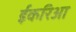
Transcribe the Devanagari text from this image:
ईकरिआ